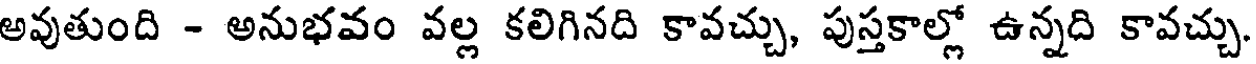
అవుతుంది - అనుభవం వల్ల కలిగినది కావచ్చు, పుస్తకాల్లో ఉన్నది కావచ్చు